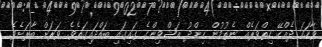
ވާހަކަ ދެއްކޭ ހިތްވަރެއް ނެތުމުން ހިންދު އަޝްވިންގެ ގައިގައި ބައްދައިގަތެވެ. ވަރަށް ބާރަށެވެ.